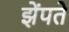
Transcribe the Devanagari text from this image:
झेंपते